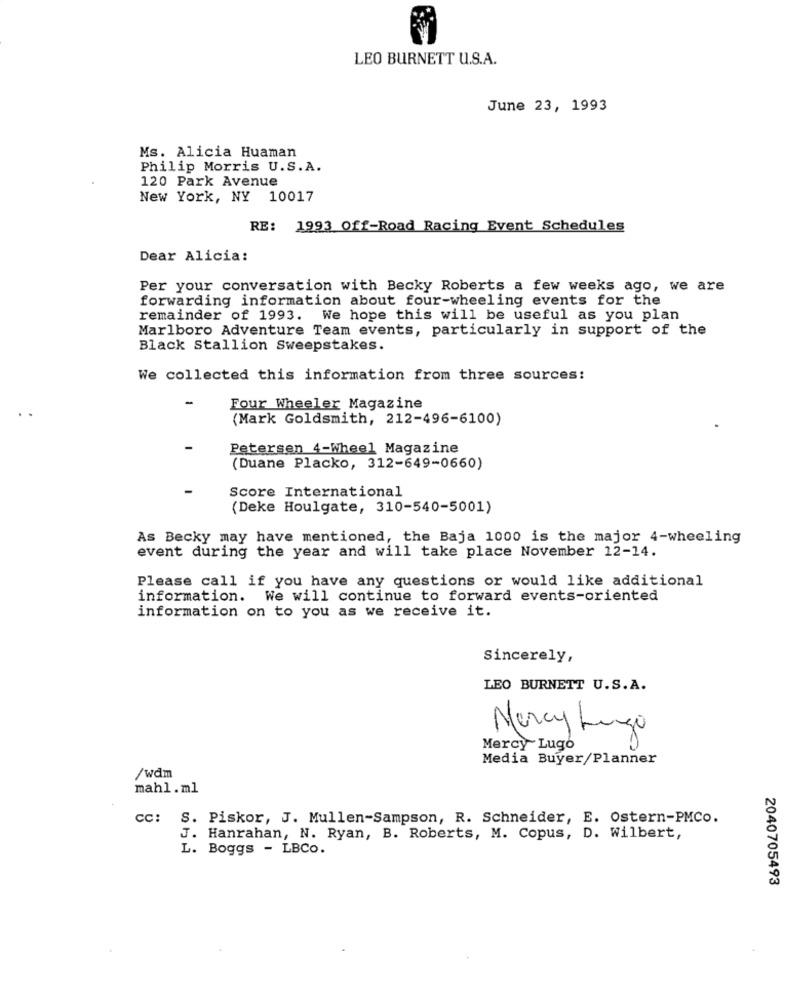
LEO BURNETT U.S.A.
June 23, 1993
Ms. Alicia Huaman
Philip Morris U.S.A.
120 Park Avenue
New York, NY 10017
RE: 1993 Off-Road Racing Event Schedules
Dear Alicia:
Per your conversation with Becky Roberts a few weeks ago, we are
forwarding information about four-wheeling events for the
remainder of 1993. We hope this will be useful as you plan
Marlboro Adventure Team events, particularly in support of the
Black Stallion Sweepstakes.
We collected this information from three sources:
-
Four Wheeler Magazine
..
(Mark Goldsmith, 212-496-6100)
-
Petersen 4-Wheel Magazine
(Duane Placko, 312-649-0660)
-
Score International
(Deke Houlgate, 310-540-5001)
As Becky may have mentioned, the Baja 1000 is the major 4-wheeling
event during the year and will take place November 12-14.
Please call if you have any questions or would like additional
information. We will continue to forward events-oriented
information on to you as we receive it.
Sincerely,
LEO BURNETT U.S.A.
Marcy Lungo
Mercy Lugo
Media Buyer/Planner
/wdm
mahl.ml
CC: S. Piskor, J. Mullen-Sampson, R. Schneider, E. Ostern-PMCO.
J. Hanrahan, N. Ryan, B. Roberts, M. Copus, D. Wilbert,
L. Boggs - LBCO.
2040705493